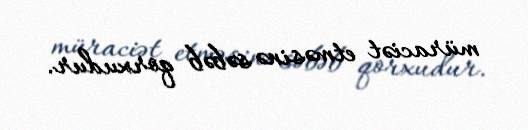
müraciət etməsinə səbəb qorxudur.